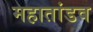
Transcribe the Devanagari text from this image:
महातांडव